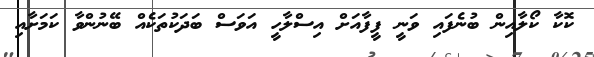
ކޮކާ ކޯލާއިން ބުނެފައި ވަނީ ފީފާއަށް އިސްލާހީ އަވަސް ބަދަކުތަކެއް ބޭނުންވާ ކަމަށާއި